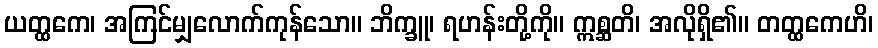
ယတ္ထကေ၊ အကြင်မျှလောက်ကုန်သော။ ဘိက္ခူ၊ ရဟန်းတို့ကို။ ဣစ္ဆတိ၊ အလိုရှိ၏။ တတ္ထကေဟိ၊